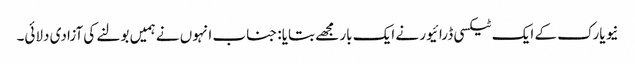
نیو یارک کے ایک ٹیکسی ڈرائیور نے ایک بار مجھے بتایا: جناب انہوں نے ہمیں بولنے کی آزادی دلائی۔